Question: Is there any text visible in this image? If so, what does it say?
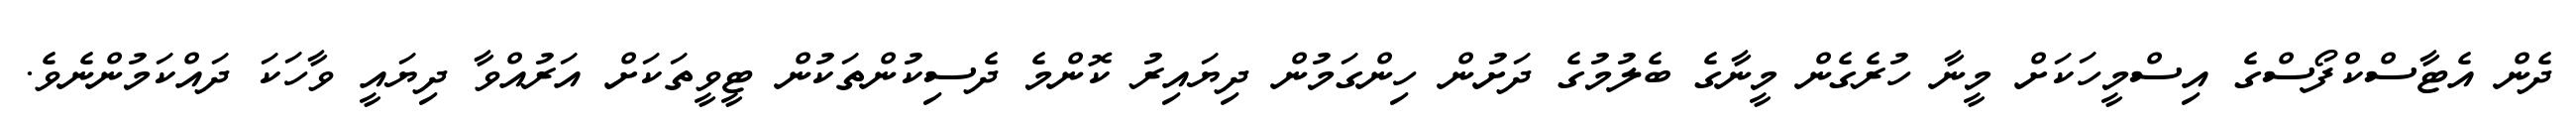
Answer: ދެން އެޓާސްކްފޯސްގެ އިސްމީހަކަށް މީނާ ހުރެގެން މީނާގެ ބެލުމުގެ ދަށުން ހިންގަމުން ދިޔައިރު ކޮންމެ ދެސިކުންތަކުން ޓީވީތަކަށް އަރުއްވާ ދިޔައީ ވާހަކަ ދައްކަމުންނެވެ.